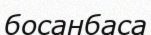
босанбаса